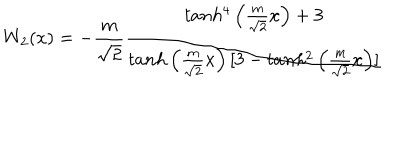
W _ { 2 } ( x ) = - \frac { m } { \sqrt 2 } \frac { t a n h ^ { 4 } \left( \frac { m } { \sqrt 2 } x \right) + 3 } { t a n h \left( \frac { m } { \sqrt 2 } x \right) [ 3 - t a n h ^ { 2 } \left( \frac { m } { \sqrt 2 } x \right) ] }